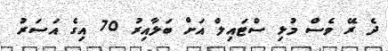
ދެ ރޭ ވެސް މުޅި ސްޓައިލް އަށް ބަލާއިރު 70 އިގެ އަސަރު